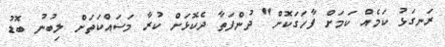
ރަނގަޅު ކަމެއް ކަމަށް ފާހަގަކޮށް" ދުންފަތާ ދެކޮޅަށް ކުރާ މަސައްކަތަށް ލިބުނު ބޮޑު